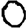
Digit: 0